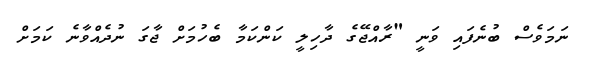
ނަމަވެސް ބުނެފައި ވަނީ "ރާއްޖޭގެ ދާހިލީ ކަންކަމާ ބެހުމަށް ޖާގަ ނުދެއްވާނެ ކަމަށް